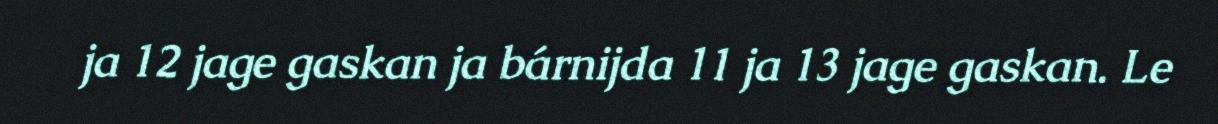
ja 12 jage gaskan ja bárnijda 11 ja 13 jage gaskan. Le